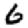
Digit: 6